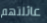
عائلتهم